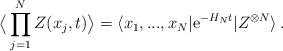
\begin{align*}\big\langle \prod_{j=1}^N Z(x_j,t) \big\rangle = \langle x_1,...,x_N|\mathrm{e}^{-H_Nt}|Z^{\otimes N}\rangle\,.\end{align*}